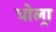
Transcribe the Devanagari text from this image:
धोल्रा